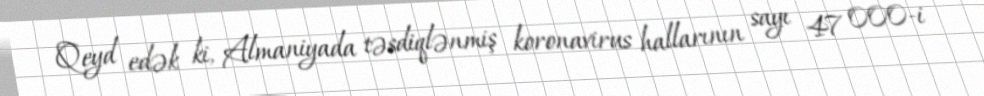
Qeyd edək ki, Almaniyada təsdiqlənmiş koronavirus hallarının sayı 47 000-i